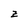
Character: z